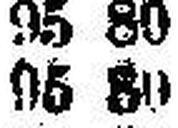
95 80